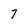
Character: 7